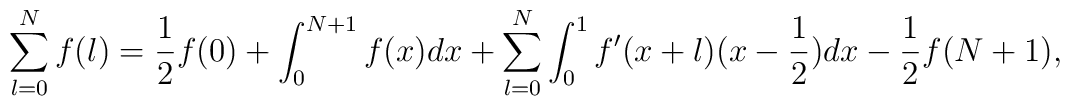
\sum_{l=0}^N f(l)=\frac{1}{2}f(0)+\int_0^{N+1}f(x)dx                  +\sum_{l=0}^N\int_0^1 f'(x+l)(x-\frac{1}{2})dx                  -\frac{1}{2}f(N+1),